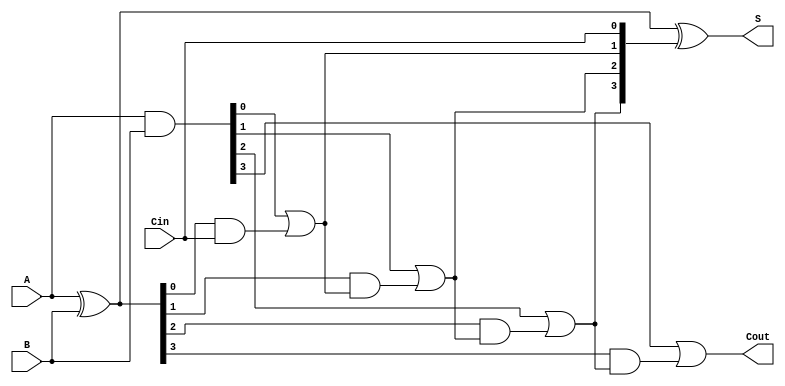
module CILA_4bit (
    input  [3:0] A,    // 4-bit input A
    input  [3:0] B,    // 4-bit input B
    input        Cin,   // Carry input
    output [3:0] S,     // 4-bit sum output
    output       Cout    // Carry output
);

    // Internal signals for generate and propagate
    wire [3:0] G;       // Generate signals
    wire [3:0] P;       // Propagate signals
    wire [4:0] C;       // Carry signals

    // Generate and Propagate signals
    assign G = A & B;   // Generate
    assign P = A ^ B;   // Propagate (using XOR instead of OR for binary addition)

    // Carry signals calculation using carry lookahead
    assign C[0] = Cin;                             // C[0] is the input carry
    assign C[1] = G[0] | (P[0] & C[0]);           // C[1]
    assign C[2] = G[1] | (P[1] & C[1]);           // C[2]
    assign C[3] = G[2] | (P[2] & C[2]);           // C[3]
    assign C[4] = G[3] | (P[3] & C[3]);           // C[4] (Cout)

    // Sum calculation
    assign S = P ^ C[3:0];                         // Sum

    // Carry out
    assign Cout = C[4];                            // Final carry out

endmodule